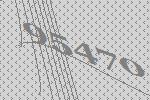
95470